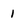
Character: 1